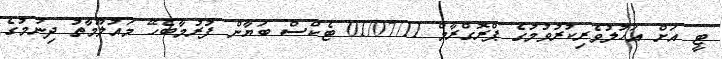
ޓީ އަށް އަހުލުވެރިކުރުވުމުގެ ޕްރޮގްރާމް 01/07/11 ޓެކްސް ބަޔާން ފުރުމާބެހޭ މައުލޫމާތު ދިނުމުގެ